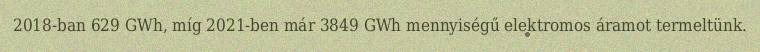
2018-ban 629 GWh, míg 2021-ben már 3849 GWh mennyiségű elektromos áramot termeltünk.